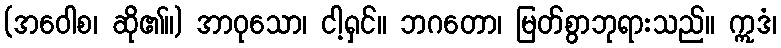
(အဝေါစ၊ ဆို၏။) အာဝုသော၊ ငါ့ရှင်။ ဘဂတော၊ မြတ်စွာဘုရားသည်။ ဣဒံ၊